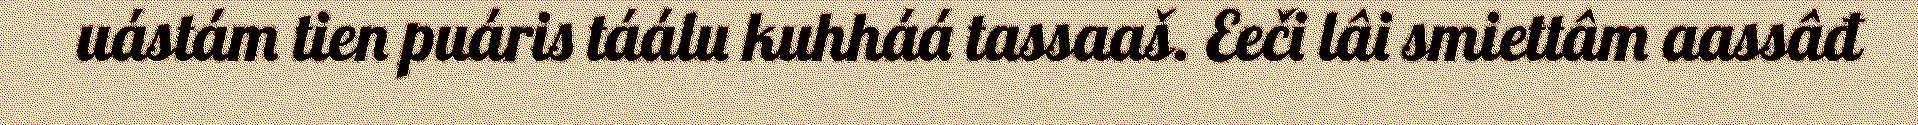
uástám tien puáris táálu kuhháá tassaaš. Eeči lâi smiettâm aassâđ